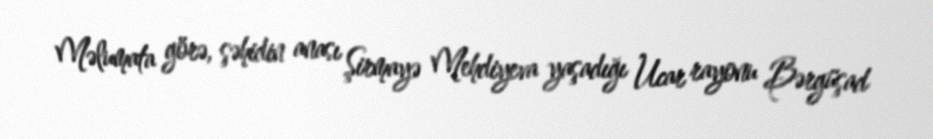
Məlumata görə, şəhidin anası Şirmayə Mehdiyeva yaşadığı Ucar rayonu Bərgüşad